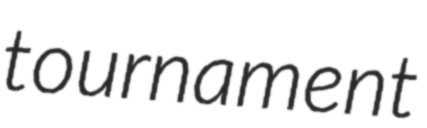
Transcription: tournament